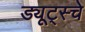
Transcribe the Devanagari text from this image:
ड्यूट्स्चे